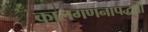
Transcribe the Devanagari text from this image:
कालगणनापद्धती